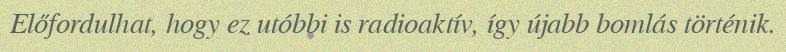
Előfordulhat, hogy ez utóbbi is radioaktív, így újabb bomlás történik.